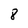
Character: 8